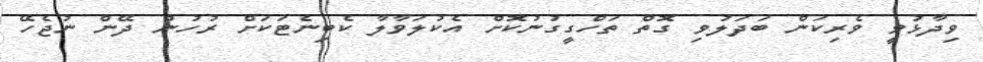
ވިދާޅުވީ ވެރިކަން ބަދަލުވި ގޮތް ތަހްގީގުނުކޮށް އެކުލަވާލާ ކެބިނެޓަކަށް ރުހުން ދޭން ނުޖެހޭ